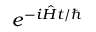
e ^ { - i { \hat { H } } t / \hbar }